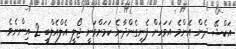
އަކްޝޭ ދެން އެންމެ އަވަހަށް ފެނިގެންދާނެ ކަމަށްވަނީ ޖޯލީ އެލްއެލްބީ 2 އިންނެވެ.